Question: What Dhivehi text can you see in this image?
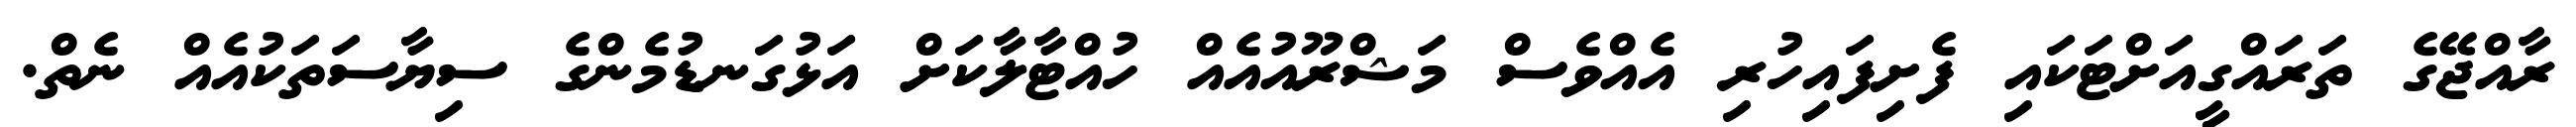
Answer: ރާއްޖޭގެ ތަރައްގީއަށްޓަކައި ފެށިފައިހުރި އެއްވެސް މަޝްރޫއުއެއް ހުއްޓާލާކަށް އަޅުގަނޑުމެންގެ ސިޔާސަތަކުއެއް ނެތް.